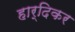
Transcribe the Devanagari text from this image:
हार्दिकर